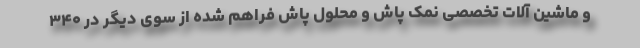
و ماشین آلات تخصصی نمک پاش و محلول پاش فراهم شده از سوی دیگر در ۳۴۰